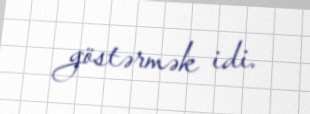
göstərmək idi.